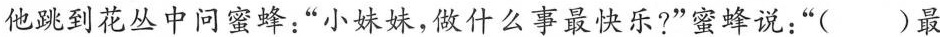
他跳到花丛中问蜜蜂：“小妹妹，做什么事最快乐?”蜜蜂说：“( )最